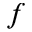
f